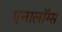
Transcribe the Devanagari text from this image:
एनालॉग्स